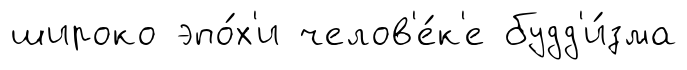
широко эпо́х'и челов'е́к'е будд'и́зма